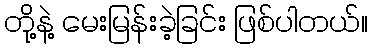
တို့နဲ့ မေးမြန်းခဲ့ခြင်း ဖြစ်ပါတယ်။